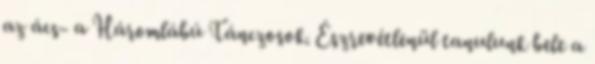
az ács- a Háromlábú Tánczosok. Észrevétlenül tanulunk bele a